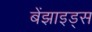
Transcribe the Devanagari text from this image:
बेंझाइड्स